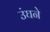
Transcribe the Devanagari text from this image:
उंघने